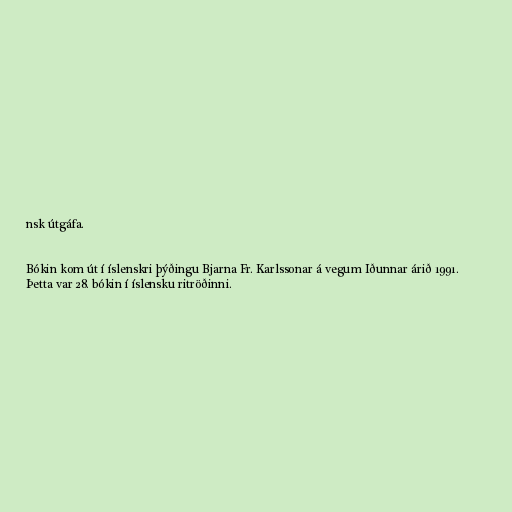
nsk útgáfa.

Bókin kom út í íslenskri þýðingu Bjarna Fr. Karlssonar á vegum Iðunnar árið 1991.
Þetta var 28. bókin í íslensku ritröðinni.